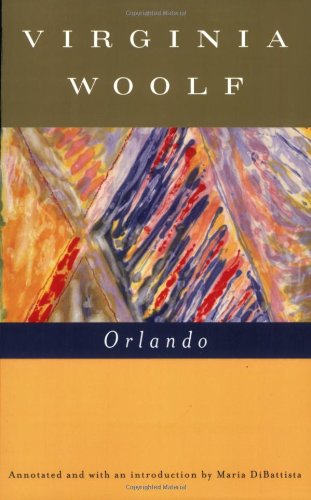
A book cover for Orlando (Annotated): A Biography; Virginia Woolf; Gay & Lesbian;